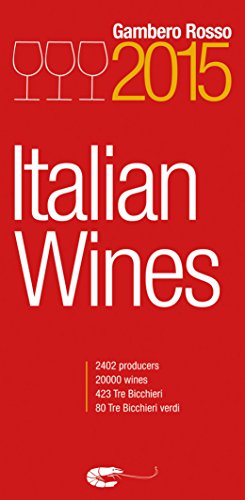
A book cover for Italian Wines 2015; Gambero Rosso; Reference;